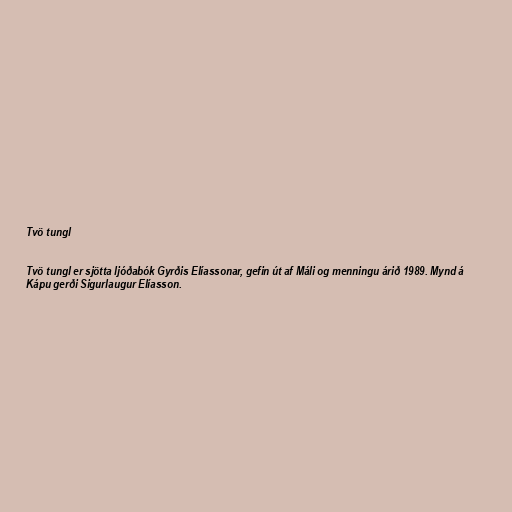
Tvö tungl

Tvö tungl er sjötta ljóðabók Gyrðis Elíassonar, gefin út af Máli og menningu árið 1989. Mynd á
Kápu gerði Sigurlaugur Elíasson.